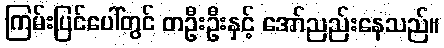
ကြမ်းပြင်ပေါ်တွင် တဦးဦးနှင့် အော်ညည်းနေသည်။